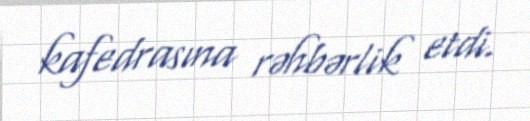
kafedrasına rəhbərlik etdi.